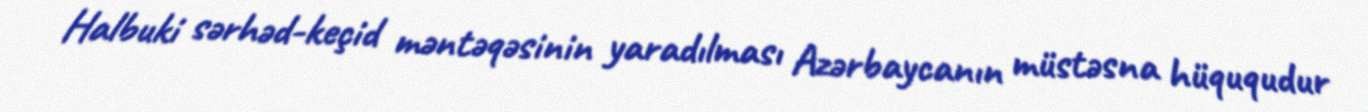
Halbuki sərhəd-keçid məntəqəsinin yaradılması Azərbaycanın müstəsna hüququdur